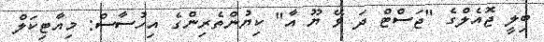
ބިލީ ޖޮއެލްގެ "ޖަސްޓް ދަ ވޭ ޔޫ އާ" ކިޔުންތެރިންގެ އިހުސާސް: މިއާޓިކަލް